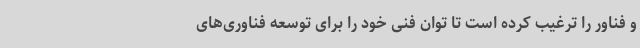
و فناور را ترغیب کرده است تا توان فنی خود را برای توسعه فناوری‌های